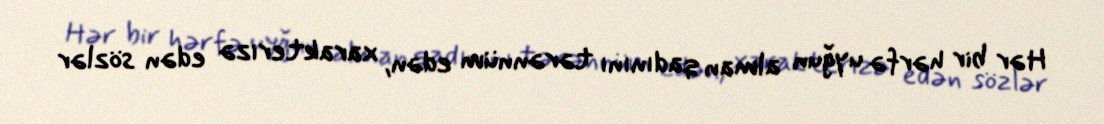
Hər bir hərfə uyğun alman qadınını tərənnüm edən, xarakterizə edən sözlər